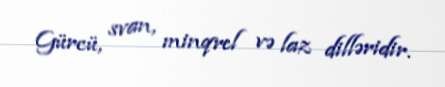
Gürcü, svan, minqrel və laz dilləridir.